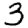
Digit: 3